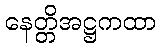
နေတ္တိအဋ္ဌကထာ